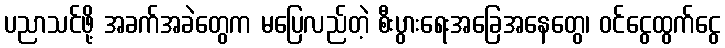
ပညာသင်ဖို့ အခက်အခဲတွေက မပြေလည်တဲ့ စီးပွားရေးအခြေအနေတွေ၊ ဝင်ငွေထွက်ငွေ